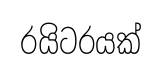
රයිටරයක්